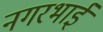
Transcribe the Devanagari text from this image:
नगरभाई